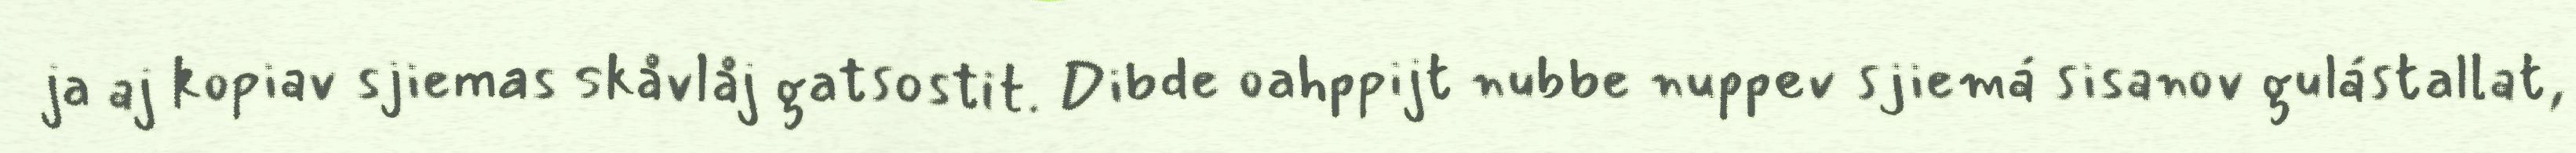
ja aj kopiav sjiemas skåvlåj gatsostit. Dibde oahppijt nubbe nuppev sjiemá sisanov gulástallat,